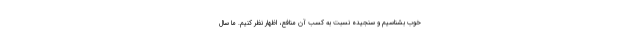
خوب بشناسیم و سنجیده نسبت به کسب آن منافع، اظهار نظر کنیم. ما سال